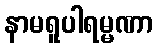
နာမရူပါရမ္မဏာ